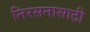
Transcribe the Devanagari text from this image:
निरसनासाठी